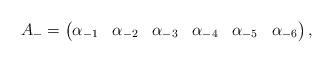
LaTeX: \begin{align*}&A_{-}=\begin{pmatrix}\alpha_{-1} & \alpha_{-2} & \alpha_{-3} & \alpha_{-4} & \alpha_{-5} & \alpha_{-6}\end{pmatrix},\end{align*}